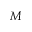
M